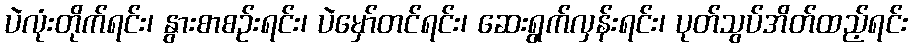
ပဲလုံးတိုက်ရင်း၊ နွားစာစဉ်းရင်း၊ ပဲမှော်တင်ရင်း၊ ဆေးရွက်လှန်းရင်း၊ ပုတ်သွပ်အိတ်ထည့်ရင်း